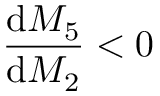
\frac { \mathrm { d } M _ { 5 } } { \mathrm { d } M _ { 2 } } < 0